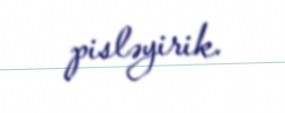
pisləyirik.